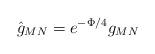
LaTeX: \begin{align*}\hat{g}_{MN} = e^{-\Phi/4} g_{MN}\end{align*}